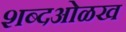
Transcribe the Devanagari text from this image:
शब्दओळख